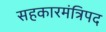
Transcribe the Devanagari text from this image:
सहकारमंत्रिपद